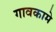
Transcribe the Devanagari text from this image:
गावकामे